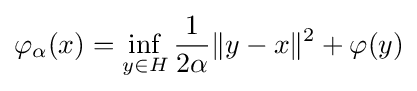
\varphi _{\alpha }(x)=\inf _{y\in H}{\frac {1}{2\alpha }}\|y-x\|^{2}+\varphi (y)